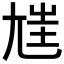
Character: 𡯪